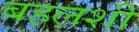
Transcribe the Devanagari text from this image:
बहलशी